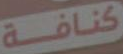
كنافة